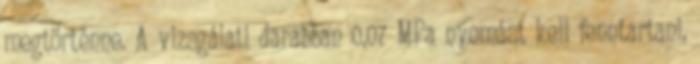
megtörténne. A vizsgálati darabban 0,07 MPa nyomást kell fenntartani,